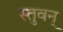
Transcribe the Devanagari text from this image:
स्तुवन्